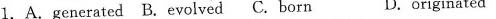
1.A.generated B.evolved C.born D.originated